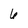
Character: 6